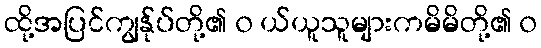
ထို့အပြင်ကျွန်ုပ်တို့၏ ၀ ယ်ယူသူများကမိမိတို့၏ ၀